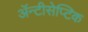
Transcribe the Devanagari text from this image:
ॲन्टीसेप्टिक